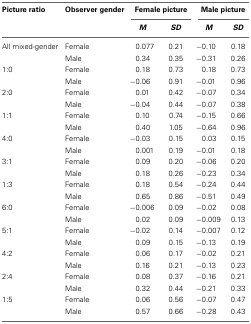
<table><thead><tr><td><b>Picture ratio</b></td><td><b>Observer gender</b></td><td colspan="2"><b>Female picture</b></td><td colspan="2"><b>Male picture</b></td></tr><tr><td></td><td></td><td><b><i>M</i></b></td><td><b><i>SD</i></b></td><td><b><i>M</i></b></td><td><b><i>SD</i></b></td></tr></thead><tbody><tr><td>All mixed-gender</td><td>Female</td><td>0.077</td><td>0.21</td><td>−0.10</td><td>0.18</td></tr><tr><td></td><td>Male</td><td>0.34</td><td>0.35</td><td>−0.31</td><td>0.26</td></tr><tr><td>1:0</td><td>Female</td><td>0.18</td><td>0.73</td><td>0.18</td><td>0.73</td></tr><tr><td></td><td>Male</td><td>−0.06</td><td>0.91</td><td>−0.01</td><td>0.96</td></tr><tr><td>2:0</td><td>Female</td><td>0.01</td><td>0.42</td><td>−0.07</td><td>0.34</td></tr><tr><td></td><td>Male</td><td>−0.04</td><td>0.44</td><td>−0.07</td><td>0.38</td></tr><tr><td>1:1</td><td>Female</td><td>0.10</td><td>0.74</td><td>−0.15</td><td>0.66</td></tr><tr><td></td><td>Male</td><td>0.40</td><td>1.05</td><td>−0.64</td><td>0.96</td></tr><tr><td>4:0</td><td>Female</td><td>−0.03</td><td>0.15</td><td>0.03</td><td>0.15</td></tr><tr><td></td><td>Male</td><td>0.001</td><td>0.19</td><td>−0.01</td><td>0.18</td></tr><tr><td>3:1</td><td>Female</td><td>0.09</td><td>0.20</td><td>−0.06</td><td>0.20</td></tr><tr><td></td><td>Male</td><td>0.18</td><td>0.26</td><td>−0.23</td><td>0.34</td></tr><tr><td>1:3</td><td>Female</td><td>0.18</td><td>0.54</td><td>−0.24</td><td>0.44</td></tr><tr><td></td><td>Male</td><td>0.65</td><td>0.86</td><td>−0.51</td><td>0.49</td></tr><tr><td>6:0</td><td>Female</td><td>−0.006</td><td>0.09</td><td>−0.02</td><td>0.08</td></tr><tr><td></td><td>Male</td><td>0.02</td><td>0.09</td><td>−0.009</td><td>0.13</td></tr><tr><td>5:1</td><td>Female</td><td>−0.02</td><td>0.14</td><td>−0.007</td><td>0.12</td></tr><tr><td></td><td>Male</td><td>0.09</td><td>0.15</td><td>−0.13</td><td>0.19</td></tr><tr><td>4:2</td><td>Female</td><td>0.06</td><td>0.17</td><td>−0.02</td><td>0.21</td></tr><tr><td></td><td>Male</td><td>0.16</td><td>0.21</td><td>−0.13</td><td>0.23</td></tr><tr><td>2:4</td><td>Female</td><td>0.08</td><td>0.37</td><td>−0.16</td><td>0.21</td></tr><tr><td></td><td>Male</td><td>0.32</td><td>0.44</td><td>−0.21</td><td>0.33</td></tr><tr><td>1:5</td><td>Female</td><td>0.06</td><td>0.56</td><td>−0.07</td><td>0.47</td></tr><tr><td></td><td>Male</td><td>0.57</td><td>0.66</td><td>−0.28</td><td>0.43</td></tr></tbody></table>